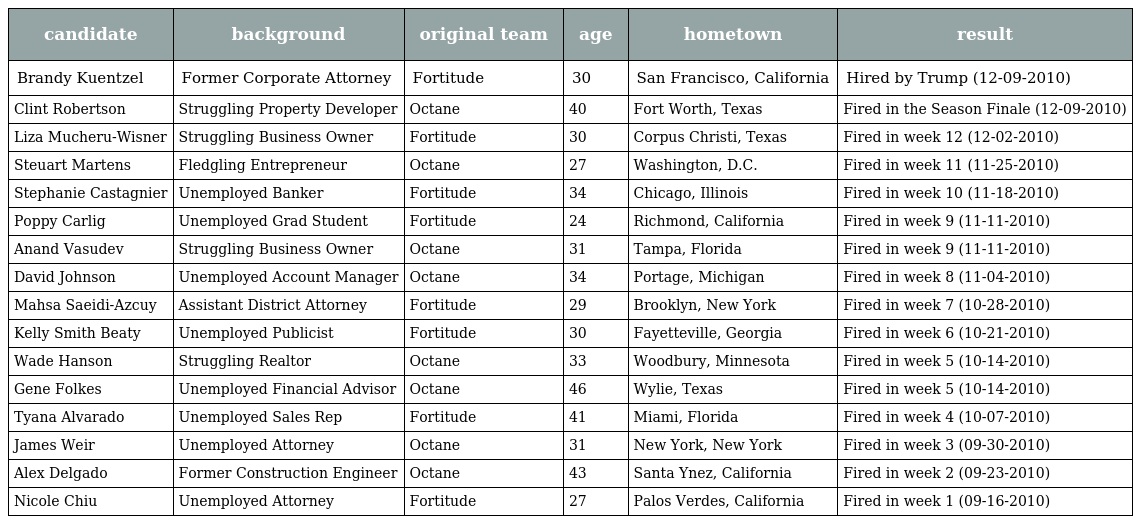
| candidate | background | original team | age | hometown | result |
 | --- | --- | --- | --- | --- | --- |
 | Brandy Kuentzel | Former Corporate Attorney | Fortitude | 30 | San Francisco, California | Hired by Trump (12-09-2010) |
 | Clint Robertson | Struggling Property Developer | Octane | 40 | Fort Worth, Texas | Fired in the Season Finale (12-09-2010) |
 | Liza Mucheru-Wisner | Struggling Business Owner | Fortitude | 30 | Corpus Christi, Texas | Fired in week 12 (12-02-2010) |
 | Steuart Martens | Fledgling Entrepreneur | Octane | 27 | Washington, D.C. | Fired in week 11 (11-25-2010) |
 | Stephanie Castagnier | Unemployed Banker | Fortitude | 34 | Chicago, Illinois | Fired in week 10 (11-18-2010) |
 | Poppy Carlig | Unemployed Grad Student | Fortitude | 24 | Richmond, California | Fired in week 9 (11-11-2010) |
 | Anand Vasudev | Struggling Business Owner | Octane | 31 | Tampa, Florida | Fired in week 9 (11-11-2010) |
 | David Johnson | Unemployed Account Manager | Octane | 34 | Portage, Michigan | Fired in week 8 (11-04-2010) |
 | Mahsa Saeidi-Azcuy | Assistant District Attorney | Fortitude | 29 | Brooklyn, New York | Fired in week 7 (10-28-2010) |
 | Kelly Smith Beaty | Unemployed Publicist | Fortitude | 30 | Fayetteville, Georgia | Fired in week 6 (10-21-2010) |
 | Wade Hanson | Struggling Realtor | Octane | 33 | Woodbury, Minnesota | Fired in week 5 (10-14-2010) |
 | Gene Folkes | Unemployed Financial Advisor | Octane | 46 | Wylie, Texas | Fired in week 5 (10-14-2010) |
 | Tyana Alvarado | Unemployed Sales Rep | Fortitude | 41 | Miami, Florida | Fired in week 4 (10-07-2010) |
 | James Weir | Unemployed Attorney | Octane | 31 | New York, New York | Fired in week 3 (09-30-2010) |
 | Alex Delgado | Former Construction Engineer | Octane | 43 | Santa Ynez, California | Fired in week 2 (09-23-2010) |
 | Nicole Chiu | Unemployed Attorney | Fortitude | 27 | Palos Verdes, California | Fired in week 1 (09-16-2010) |